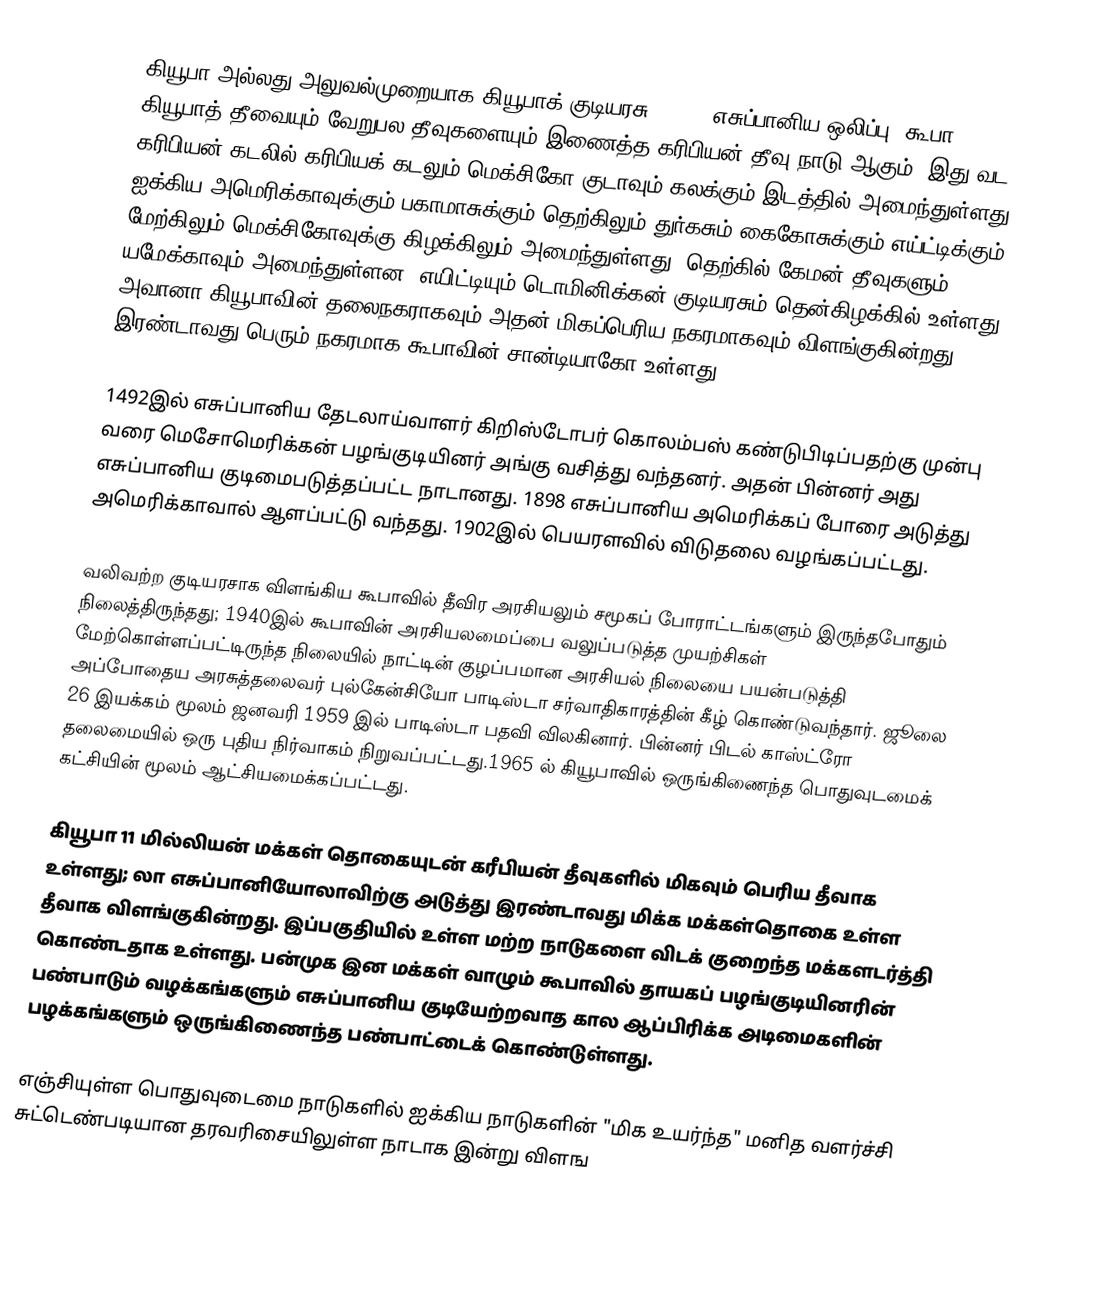
கியூபா அல்லது அலுவல்முறையாக கியூபாக் குடியரசு (Cuba, எசுப்பானிய ஒலிப்பு: கூபா)  கியூபாத் தீவையும் வேறுபல தீவுகளையும் இணைத்த கரிபியன் தீவு நாடு  ஆகும். இது வட கரிபியன் கடலில் கரிபியக் கடலும் மெக்சிகோ குடாவும் கலக்கும் இடத்தில் அமைந்துள்ளது. ஐக்கிய அமெரிக்காவுக்கும் பகாமாசுக்கும் தெற்கிலும்   துர்கசும் கைகோசுக்கும் எய்ட்டிக்கும் மேற்கிலும் மெக்சிகோவுக்கு கிழக்கிலும் அமைந்துள்ளது. தெற்கில் கேமன் தீவுகளும் யமேக்காவும் அமைந்துள்ளன. எயிட்டியும்  டொமினிக்கன் குடியரசும் தென்கிழக்கில் உள்ளது.  அவானா கியூபாவின் தலைநகராகவும் அதன் மிகப்பெரிய நகரமாகவும்  விளங்குகின்றது. இரண்டாவது பெரும் நகரமாக கூபாவின் சான்டியாகோ உள்ளது.

1492இல் எசுப்பானிய தேடலாய்வாளர் கிறிஸ்டோபர் கொலம்பஸ் கண்டுபிடிப்பதற்கு முன்பு வரை மெசோமெரிக்கன் பழங்குடியினர் அங்கு வசித்து வந்தனர். அதன் பின்னர் அது எசுப்பானிய குடிமைபடுத்தப்பட்ட நாடானது.  1898 எசுப்பானிய அமெரிக்கப் போரை அடுத்து அமெரிக்காவால்  ஆளப்பட்டு வந்தது. 1902இல்  பெயரளவில் விடுதலை வழங்கப்பட்டது.

வலிவற்ற குடியரசாக விளங்கிய கூபாவில் தீவிர அரசியலும் சமூகப் போராட்டங்களும் இருந்தபோதும் நிலைத்திருந்தது; 1940இல் கூபாவின் அரசியலமைப்பை வலுப்படுத்த முயற்சிகள் மேற்கொள்ளப்பட்டிருந்த நிலையில் நாட்டின் குழப்பமான அரசியல் நிலையை  பயன்படுத்தி அப்போதைய அரசுத்தலைவர்  புல்கேன்சியோ பாடிஸ்டா சர்வாதிகாரத்தின் கீழ் கொண்டுவந்தார். ஜூலை 26 இயக்கம் மூலம் ஜனவரி 1959 இல் பாடிஸ்டா பதவி விலகினார். பின்னர் பிடல் காஸ்ட்ரோ தலைமையில் ஒரு புதிய நிர்வாகம் நிறுவப்பட்டது.1965 ல் கியூபாவில் ஒருங்கிணைந்த பொதுவுடமைக் கட்சியின் மூலம் ஆட்சியமைக்கப்பட்டது.

கியூபா 11 மில்லியன் மக்கள் தொகையுடன் கரீபியன் தீவுகளில் மிகவும் பெரிய தீவாக உள்ளது; லா எசுப்பானியோலாவிற்கு அடுத்து இரண்டாவது மிக்க மக்கள்தொகை உள்ள தீவாக விளங்குகின்றது. இப்பகுதியில் உள்ள மற்ற நாடுகளை விடக் குறைந்த மக்களடர்த்தி கொண்டதாக உள்ளது. பன்முக இன மக்கள் வாழும் கூபாவில் தாயகப் பழங்குடியினரின் பண்பாடும் வழக்கங்களும் எசுப்பானிய குடியேற்றவாத கால ஆப்பிரிக்க அடிமைகளின் பழக்கங்களும் ஒருங்கிணைந்த பண்பாட்டைக் கொண்டுள்ளது.

எஞ்சியுள்ள பொதுவுடைமை நாடுகளில் ஐக்கிய நாடுகளின்  "மிக உயர்ந்த" மனித வளர்ச்சி சுட்டெண்படியான தரவரிசையிலுள்ள நாடாக இன்று விளங